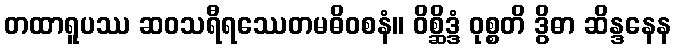
တထာရူပဿ ဆဝသရီရဿေတမဓိဝစနံ။ ဝိစ္ဆိဒ္ဒံ ဝုစ္စတိ ဒွိဓာ ဆိန္ဒနေန